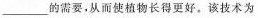
___的需要，从而使植物长得更好。该技术为